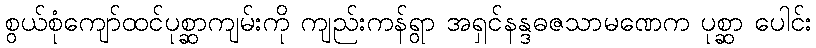
စွယ်စုံကျော်ထင်ပုစ္ဆာကျမ်းကို ကျည်းကန်ရွာ အရှင်နန္ဒဓဇသာမဏေက ပုစ္ဆာ ပေါင်း